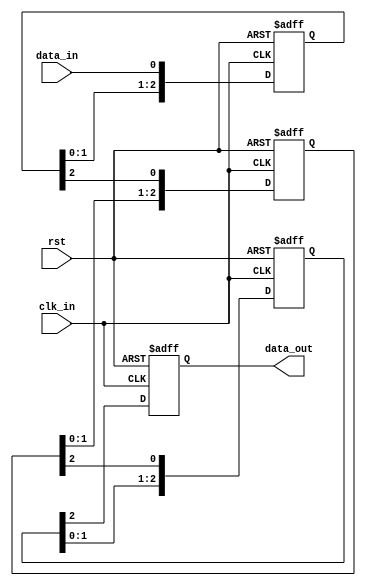
module cascade_sync (
  input wire clk_in,
  input wire rst,
  input wire data_in,
  output reg data_out
);

reg [2:0] chain [0:2];

always @(posedge clk_in or posedge rst) begin
  if (rst) begin
    chain[0] <= 3'b0;
    chain[1] <= 3'b0;
    chain[2] <= 3'b0;
    data_out <= 1'b0;
  end else begin
    chain[0] <= {chain[0][1:0], data_in};
    chain[1] <= {chain[1][1:0], chain[0][2]};
    chain[2] <= {chain[2][1:0], chain[1][2]};
    data_out <= chain[2][2];
  end
end

endmodule